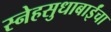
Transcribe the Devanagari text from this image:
स्नेहसुधाबाईंचा